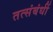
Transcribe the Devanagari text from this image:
तत्संबंधीं